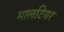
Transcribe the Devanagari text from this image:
मालटियर